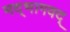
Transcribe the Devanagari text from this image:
मद्‌भागवद्‌